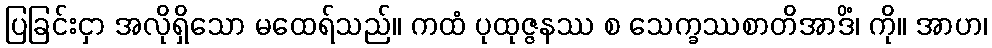
ပြခြင်းငှာ အလိုရှိသော မထေရ်သည်။ ကထံ ပုထုဇ္ဇနဿ စ သေက္ခဿစာတိအာဒိံ၊ ကို။ အာဟ၊